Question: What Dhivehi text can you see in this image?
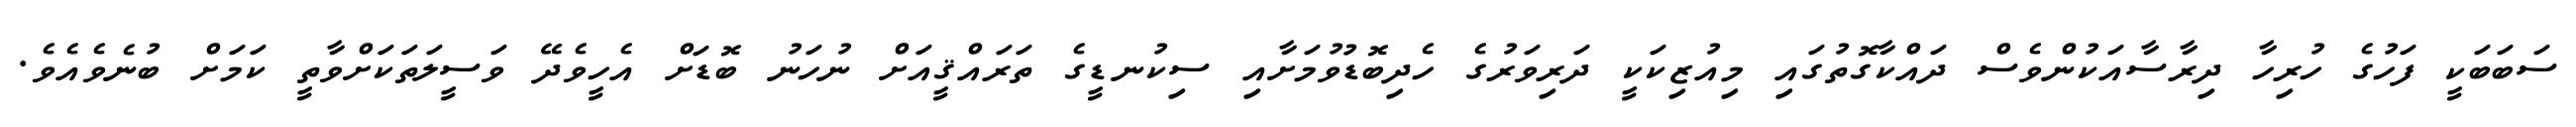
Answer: ސަބަބަކީ ފަހުގެ ހުރިހާ ދިރާސާއަކުންވެސް ދައްކާގޮތުގައި މިއުޒިކަކީ ދަރިވަރުގެ ހެދިބޮޑުވުމަށާއި ސިކުނޑީގެ ތަރައްޤީއަށް ނުހަނު ބޮޑަށް އެހީވެދޭ ވަސީލަތަކަށްވާތީ ކަމަށް ބުނެވެއެވެ.